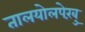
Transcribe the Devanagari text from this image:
तालयोलपेरंबु